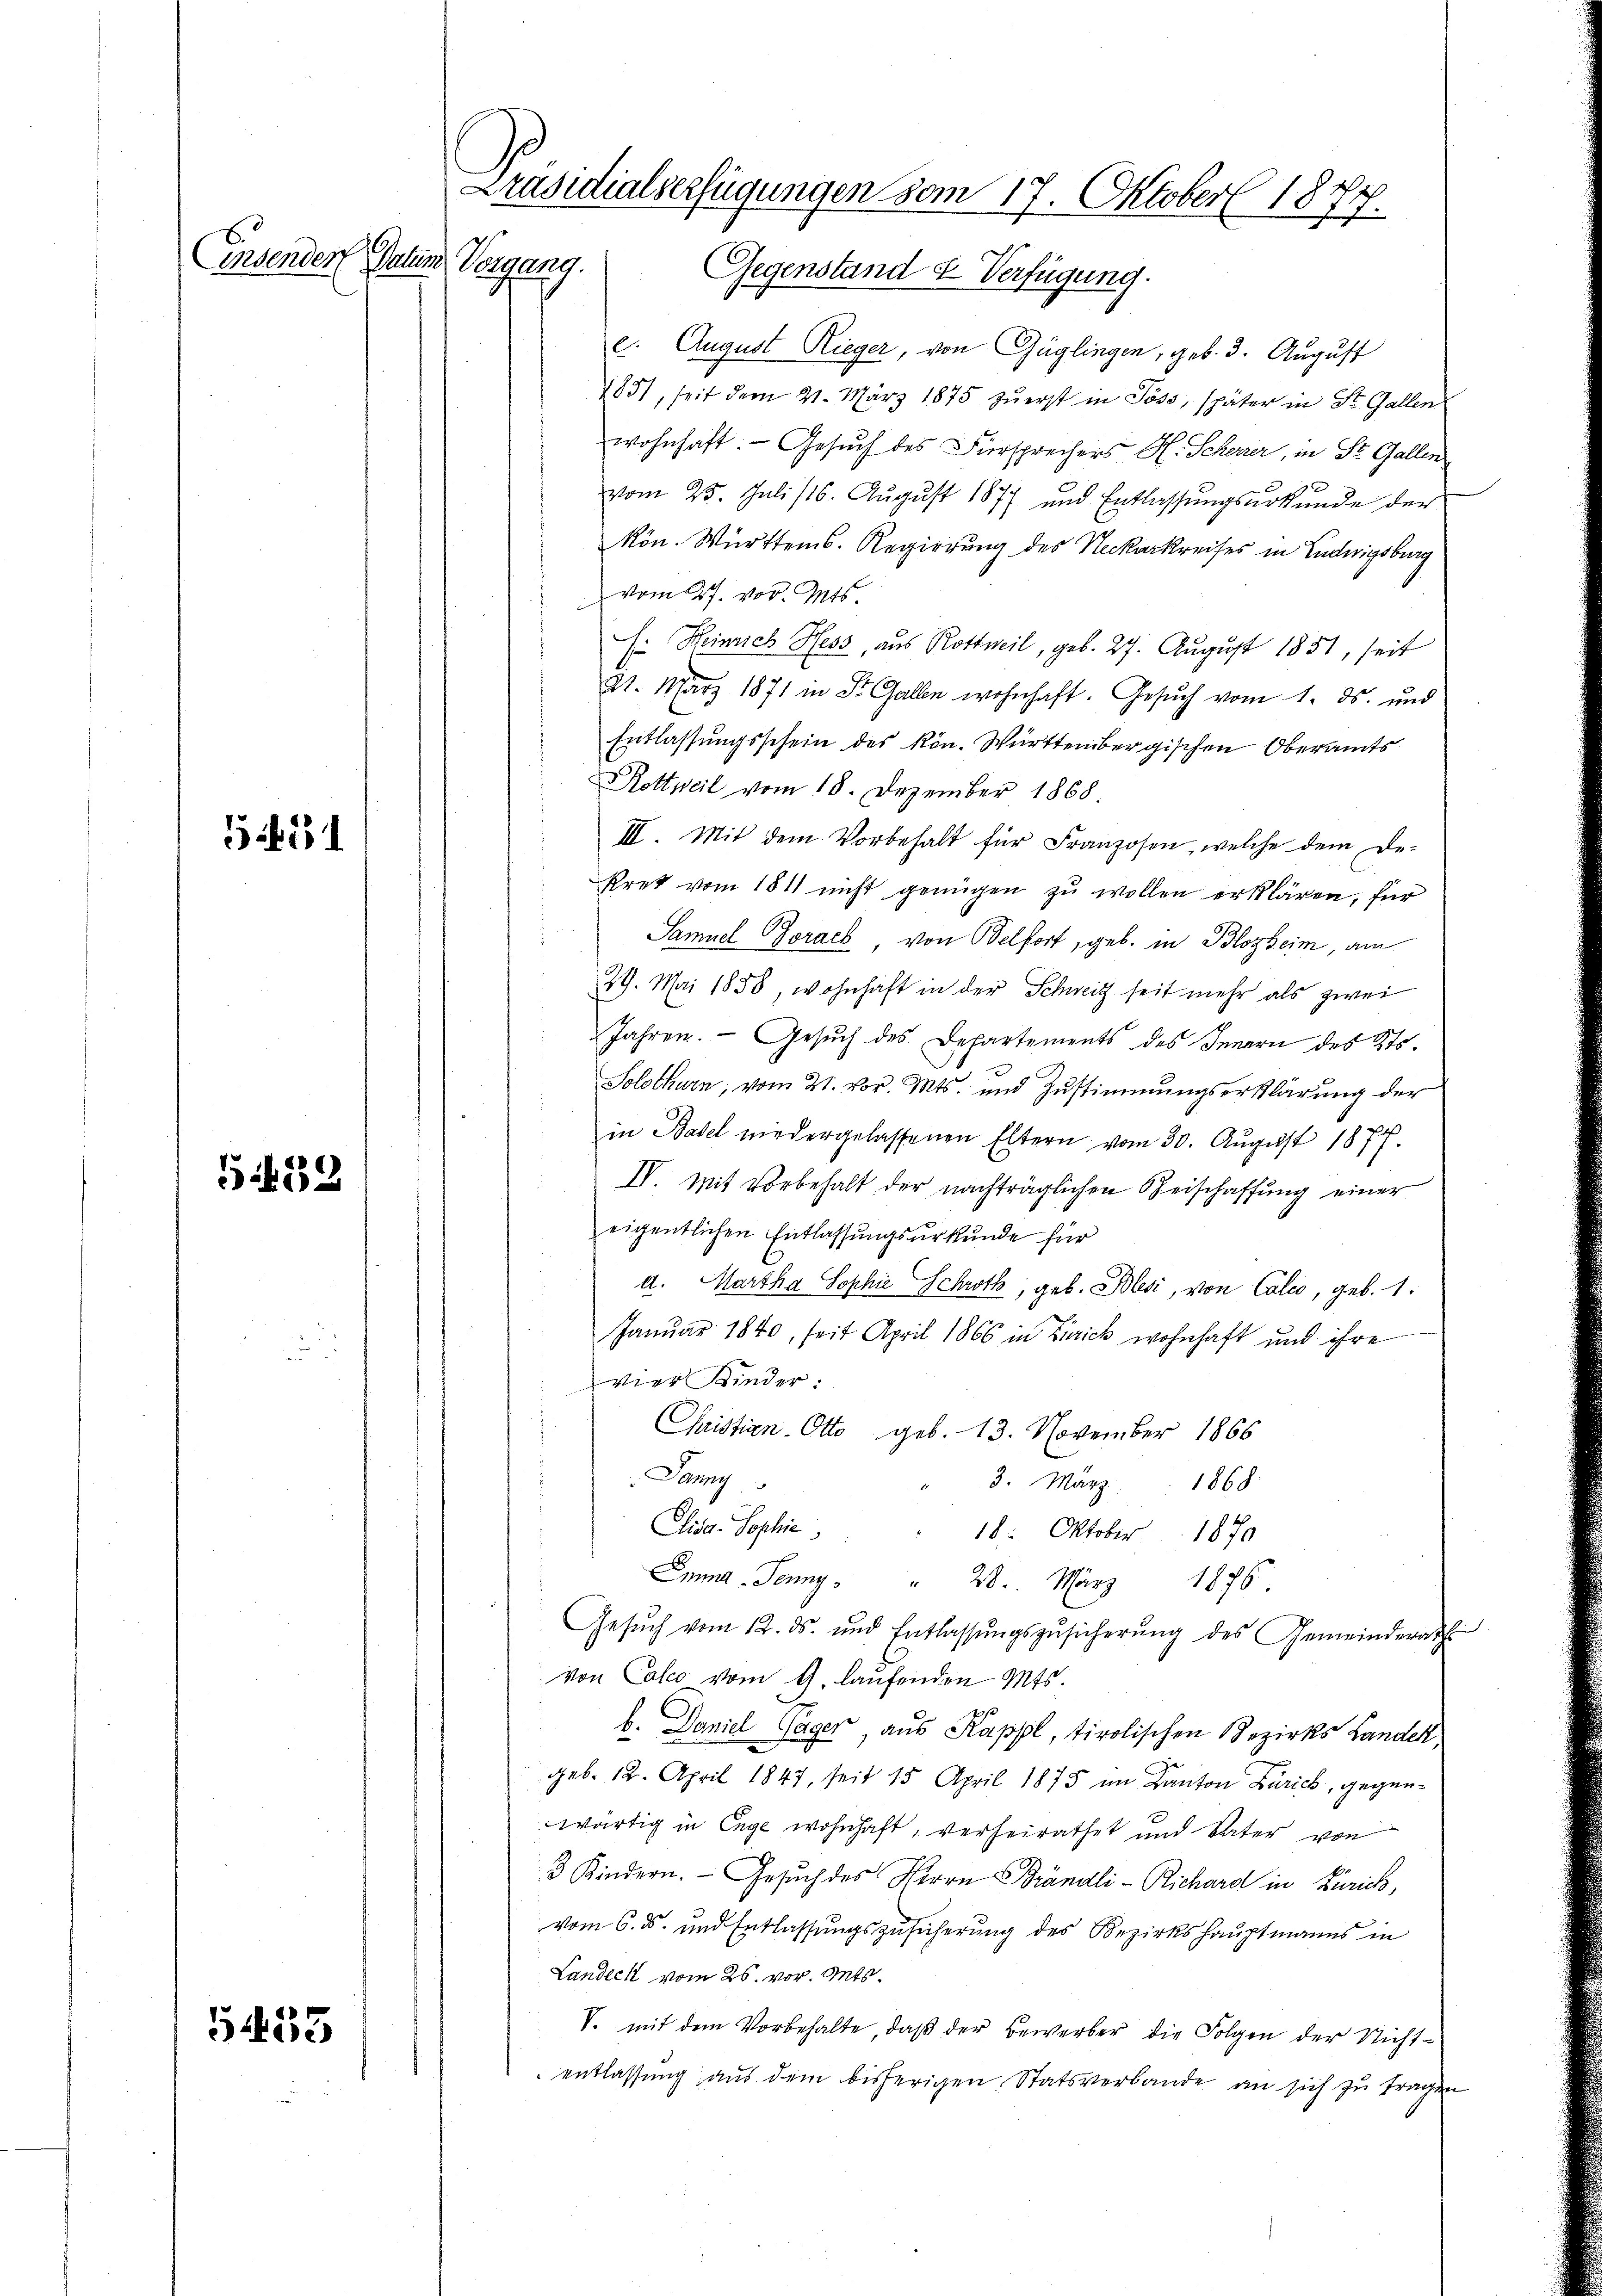
Einsender Datum

1251

439

5433

Präsidialserfügungen vom 17. Oktober 1877.
Vergang. Gegenstand & Verfügung.

e. August Rieger, von Güglingen, geb. 3. August
1851, seit dem 21. März 1875 zŭ erst in Poss, später in St. Gallen
wohnhaft. - Gesuch des Fürsprechers H. Scherer, in St. Gallen
vom 25. Juli 116. August 1877 und Entlassungsurkunde der
kön. Württems. Regierung des Neckarkreises in Ludwigsburg
vom 27. vor. Mts.
E: Heinrich Hess, aus Rottweil, geb. 27. August 1851, seit
21. März 1871 in St. Gallen wohnhaft. Gesŭch vom 1. ds. und
Entlassungsschein des kön. Württembergischen Oberamts
Rottweil vom 18. Dezember 1868
III. Mit dem Vorbehalt für Franzosen, welche dem De-
kret vom 1811 nicht genügen zu wollen erklären, für
Samuel Gorack, von Belfort, geb. in Blozheim, am
29. Mai 1858, wohnhaft in der Schweiz seit mehr als zwei
Jahren. Gesŭch des Departements des Innern des Kts.
Solothurn, vom 21. vor. Mts. und Zŭstimmungserklärung der
in Basel niedergelassenen Eltern vom 30. August 1877.
IV. Mit vorbehalt der nachträglichen Beischaffung einer
eigentlichen Entlassungsurkunde für
d. Martha Sophie Schroth, geb. Blesi, von Calco, geb. 1.
Januar 1840, seit April 1866 in Zürich wohnhaft und ihre
vier Kinder:
Christian Otto geb. 13. November 1866
Juny
3. März
1868.
A
Cisa. Sophie,
18. Oktober 1870
Emma Jenny " " 20. März 1875
Gesŭch vom 12. ds. und Entlassŭngszŭsicherŭng des Gemeinderath
von Calco vom 9. laŭfenden Mts.
b. Daniel Gager, aus Kappl, tirolischen Bezirks Landek
geb. 12. April 1847, seit 15 April 1875 im Kanton Zürich, gegenwärtig in Enge wohnhaft, verheirathet und Vater von
3 Kindern. Gesuch des Herrn Brändli-Richard in Zürich,
vom 6. ds. und Entlassungszusicherung des Bezirkshauptmanns in
Landeck vom 26. vor. Mts.
V. mit dem Vorbehalte, daß der Bewerber die Folgen der Nichtentlassung aus dem bisherigen Statsverbande an sich zu tragen